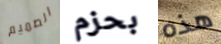
الصميم بحزم هذه